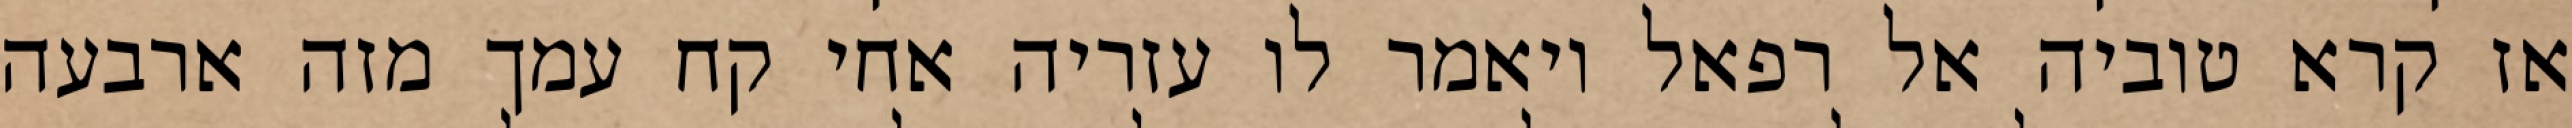
אז קרא טוביה אל רפאל ויאמר לו עזריה אחי קח עמך מזה ארבעה